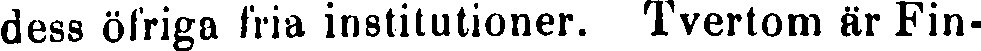
dess ölriga fria institutioner. Tvertom är Fin-